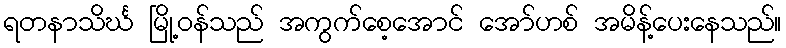
ရတနာသိင်္ဃ မြို့ဝန်သည် အကွက်စေ့အောင် အော်ဟစ် အမိန့်ပေးနေသည်။